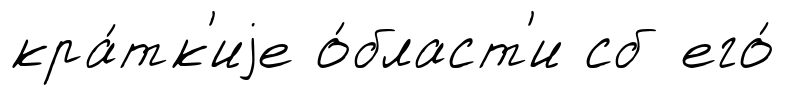
кра́тк'иjе о́бласт'и сб его́